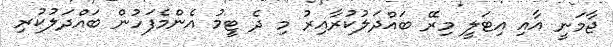
ޖާމަނީ އާއި އިޓަލީ މިރޭ ބައްދަލުކުރާއިރު މި ދެ ޓީމު އެންމެފަހުން ބައްދަލުކުރި